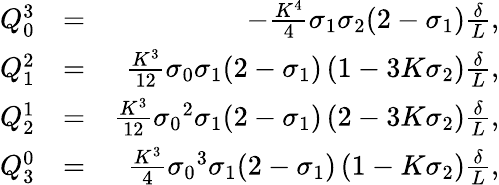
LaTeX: \begin{array}{rlr}{Q_{0}^{3}}&{=}&{-\frac{K^{4}}{4}\sigma_{1}\sigma_{2}(2-\sigma_{1})\frac{\delta}{L},}\\ {Q_{1}^{2}}&{=}&{\frac{K^{3}}{12}\sigma_{0}\sigma_{1}(2-\sigma_{1})\left(1-3K\sigma_{2}\right)\frac{\delta}{L},}\\ {Q_{2}^{1}}&{=}&{\frac{K^{3}}{12}{\sigma_{0}}^{2}\sigma_{1}(2-\sigma_{1})\left(2-3K\sigma_{2}\right)\frac{\delta}{L},}\\ {Q_{3}^{0}}&{=}&{\frac{K^{3}}{4}{\sigma_{0}}^{3}\sigma_{1}(2-\sigma_{1})\left(1-K\sigma_{2}\right)\frac{\delta}{L},}\end{array}